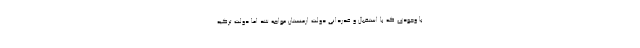
با وجودی که با استقبال و قدردانی دولت ارمنستان مواجه شد اما دولت ترکیه